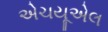
એચયૂએલ